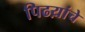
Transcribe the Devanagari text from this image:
पिढय़ांचे